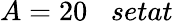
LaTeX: A=20\; \; \; setat